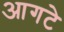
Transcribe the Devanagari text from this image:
आगटे